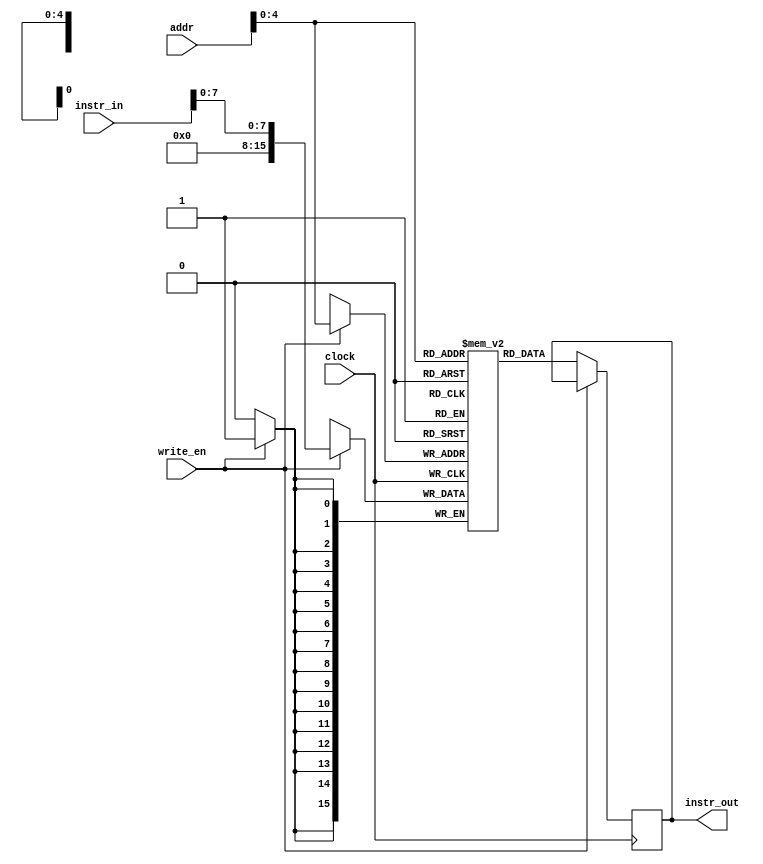
//Instruction memory

module instr_memory(	input clock, 
							input write_en, 
							input [15:0] addr, // memory has 2^4 = 16 locations 
							input [15:0] instr_in, 
							output reg [15:0] instr_out ); 
							

reg [15:0] ram [30:0];

parameter ldac = 8'd3; 
parameter movacr = 8'd5; 
parameter movacr1 = 8'd6; 
parameter movacr2 = 8'd7;
parameter movacr3 = 8'd8; 
parameter movacr4 = 8'd9; 
parameter movacr5 = 8'd10; 
parameter movacdar = 8'd11; 
parameter movrac = 8'd12; 
parameter movr1ac = 8'd13; 
parameter movr2ac = 8'd14; 
parameter movr3ac = 8'd15; 
parameter movr4ac = 8'd16; 
parameter movr5ac = 8'd17; 
parameter movdarac = 8'd18; 
parameter stac = 8'd19;
parameter andd = 8'd20; 
parameter sub = 8'd22;
parameter lshift = 8'd24; 
parameter rshift = 8'd26; 
parameter incac = 8'd28; 
parameter incdar = 8'd29; 
parameter incr1 = 8'd30; 
parameter incr2 = 8'd31;
parameter incr3 = 8'd32; 
parameter loadim = 8'd33; 
parameter jumpz = 8'd35; 
parameter jumpnz = 8'd39; 
parameter jump = 8'd40; 
parameter nop = 8'd41; 
parameter endop = 8'd42; 

initial begin
ram[0] = loadim; 
ram[1] = 8'd5;
ram[2] = movacr; 
ram[3] = loadim; 
ram[4] = 8'd6; 
ram[5] = andd; 
ram[6] = movacr; 
ram[7] = loadim; 
ram[8] = 8'd0; 
ram[9] = movacdar; 
ram[10] = movrac; 
ram[11] = stac; 
ram[12] = endop; 
ram[13] = nop; 
ram[14] = nop; 
ram[15] = nop; 
ram[16] = nop; 
ram[17] = nop; 
ram[18] = nop; 
ram[19] = nop; 
ram[20] = nop; 
end 



always @(posedge clock) begin 
	if (write_en == 1) 
		ram[addr] <= instr_in[7:0]; 
	else 
		instr_out <= ram[addr]; 
	end 

endmodule